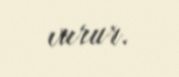
vurur.